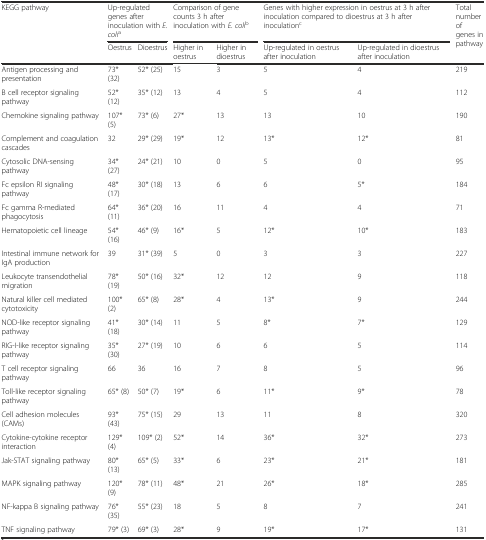
<table><thead><tr><td rowspan="2"><b>KEGG pathway</b></td><td colspan="2"><b>Up-regulated genes after inoculation with <i>E. coli</i><sup>a</sup></b></td><td colspan="2"><b>Comparison of gene counts 3 h after inoculation with <i>E. coli</i><sup>b</sup></b></td><td colspan="2"><b>Genes with higher expression in oestrus at 3 h after inoculation compared to dioestrus at 3 h after inoculation<sup>c</sup></b></td><td rowspan="2"><b>Total number of genes in pathway</b></td></tr><tr><td><b>Oestrus</b></td><td><b>Dioestrus</b></td><td><b>Higher in oestrus</b></td><td><b>Higher in dioestrus</b></td><td><b>Up-regulated in oestrus after inoculation</b></td><td><b>Up-regulated in dioestrus after inoculation</b></td></tr></thead><tbody><tr><td>Antigen processing and presentation</td><td>73* (32)</td><td>52* (25)</td><td>15</td><td>3</td><td>5</td><td>4</td><td>219</td></tr><tr><td>B cell receptor signaling pathway</td><td>52* (12)</td><td>35* (12)</td><td>13</td><td>4</td><td>5</td><td>4</td><td>112</td></tr><tr><td>Chemokine signaling pathway</td><td>107* (5)</td><td>73* (6)</td><td>27*</td><td>13</td><td>13</td><td>10</td><td>190</td></tr><tr><td>Complement and coagulation cascades</td><td>32</td><td>29* (29)</td><td>19*</td><td>12</td><td>13*</td><td>12*</td><td>81</td></tr><tr><td>Cytosolic DNA-sensing pathway</td><td>34* (27)</td><td>24* (21)</td><td>10</td><td>0</td><td>5</td><td>0</td><td>95</td></tr><tr><td>Fc epsilon RI signaling pathway</td><td>48* (17)</td><td>30* (18)</td><td>13</td><td>6</td><td>6</td><td>5*</td><td>184</td></tr><tr><td>Fc gamma R-mediated phagocytosis</td><td>64* (11)</td><td>36* (20)</td><td>16</td><td>11</td><td>4</td><td>4</td><td>71</td></tr><tr><td>Hematopoietic cell lineage</td><td>54* (16)</td><td>46* (9)</td><td>16*</td><td>5</td><td>12*</td><td>10*</td><td>183</td></tr><tr><td>Intestinal immune network for IgA production</td><td>39</td><td>31* (39)</td><td>5</td><td>0</td><td>3</td><td>3</td><td>227</td></tr><tr><td>Leukocyte transendothelial migration</td><td>78* (19)</td><td>50* (16)</td><td>32*</td><td>12</td><td>12</td><td>9</td><td>118</td></tr><tr><td>Natural killer cell mediated cytotoxicity</td><td>100* (2)</td><td>65* (8)</td><td>28*</td><td>4</td><td>13*</td><td>9</td><td>244</td></tr><tr><td>NOD-like receptor signaling pathway</td><td>41* (18)</td><td>30* (14)</td><td>11</td><td>5</td><td>8*</td><td>7*</td><td>129</td></tr><tr><td>RIG-I-like receptor signaling pathway</td><td>35* (30)</td><td>27* (19)</td><td>10</td><td>6</td><td>6</td><td>5</td><td>114</td></tr><tr><td>T cell receptor signaling pathway</td><td>66</td><td>36</td><td>16</td><td>7</td><td>8</td><td>5</td><td>96</td></tr><tr><td>Toll-like receptor signaling pathway</td><td>65* (8)</td><td>50* (7)</td><td>19*</td><td>6</td><td>11*</td><td>9*</td><td>78</td></tr><tr><td>Cell adhesion molecules (CAMs)</td><td>93* (43)</td><td>75* (15)</td><td>29</td><td>13</td><td>11</td><td>8</td><td>320</td></tr><tr><td>Cytokine-cytokine receptor interaction</td><td>129* (4)</td><td>109* (2)</td><td>52*</td><td>14</td><td>36*</td><td>32*</td><td>273</td></tr><tr><td>Jak-STAT signaling pathway</td><td>80* (13)</td><td>65* (5)</td><td>33*</td><td>6</td><td>23*</td><td>21*</td><td>181</td></tr><tr><td>MAPK signaling pathway</td><td>120* (9)</td><td>78* (11)</td><td>48*</td><td>21</td><td>26*</td><td>18*</td><td>285</td></tr><tr><td>NF-kappa B signaling pathway</td><td>76* (35)</td><td>55* (23)</td><td>18</td><td>5</td><td>8</td><td>7</td><td>241</td></tr><tr><td>TNF signaling pathway</td><td>79* (3)</td><td>69* (3)</td><td>28*</td><td>9</td><td>19*</td><td>17*</td><td>131</td></tr></tbody></table>